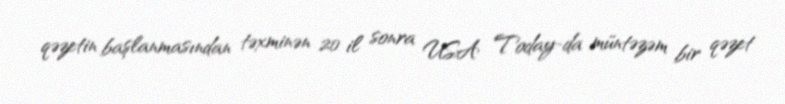
qəzetin başlanmasından təxminən 20 il sonra USA Today-da müntəzəm bir qəzet